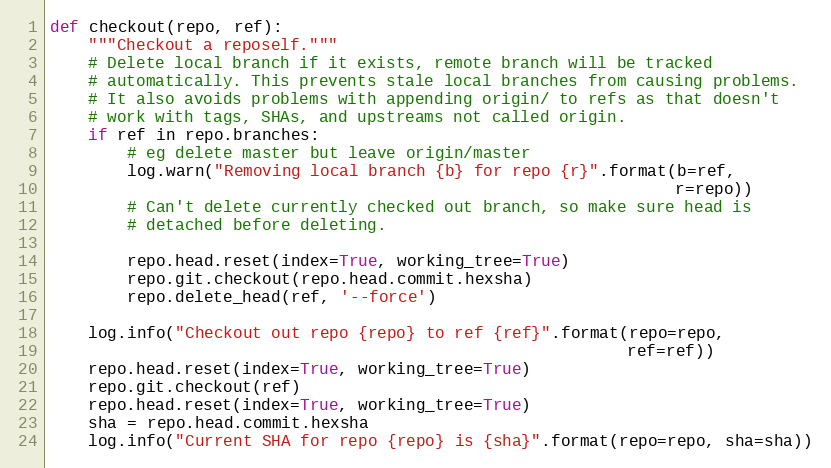
Language: Python
def checkout(repo, ref):
    """Checkout a repoself."""
    # Delete local branch if it exists, remote branch will be tracked
    # automatically. This prevents stale local branches from causing problems.
    # It also avoids problems with appending origin/ to refs as that doesn't
    # work with tags, SHAs, and upstreams not called origin.
    if ref in repo.branches:
        # eg delete master but leave origin/master
        log.warn("Removing local branch {b} for repo {r}".format(b=ref,
                                                                 r=repo))
        # Can't delete currently checked out branch, so make sure head is
        # detached before deleting.

        repo.head.reset(index=True, working_tree=True)
        repo.git.checkout(repo.head.commit.hexsha)
        repo.delete_head(ref, '--force')

    log.info("Checkout out repo {repo} to ref {ref}".format(repo=repo,
                                                            ref=ref))
    repo.head.reset(index=True, working_tree=True)
    repo.git.checkout(ref)
    repo.head.reset(index=True, working_tree=True)
    sha = repo.head.commit.hexsha
    log.info("Current SHA for repo {repo} is {sha}".format(repo=repo, sha=sha))